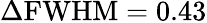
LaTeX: \Delta\mathrm{FWHM}=0.43